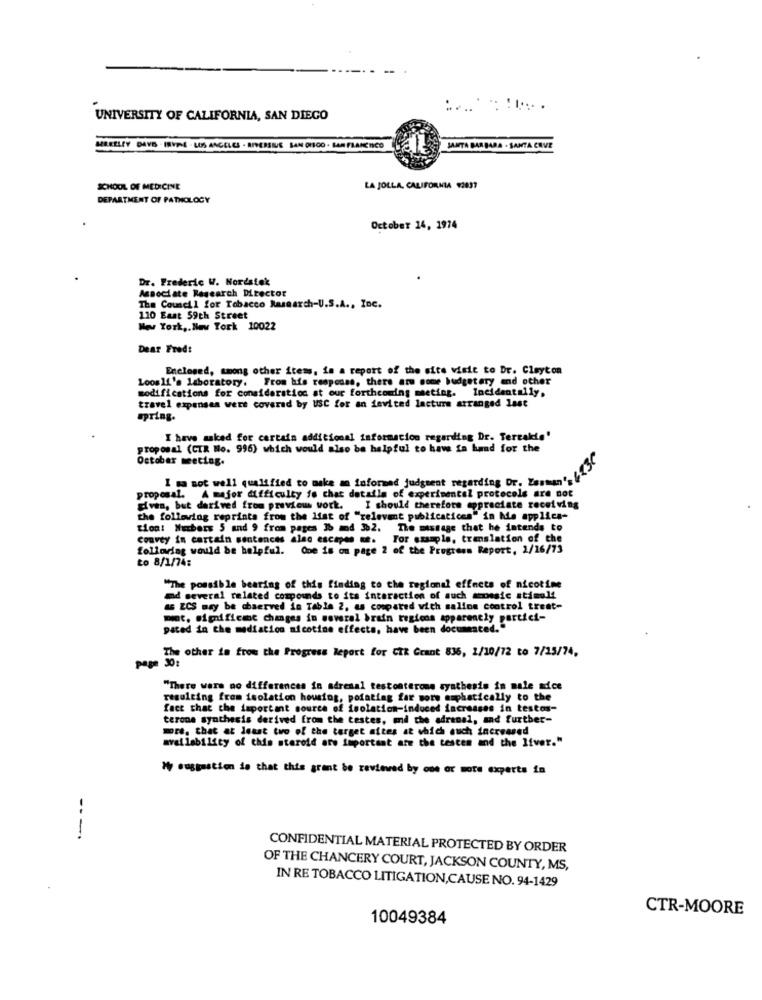
UNIVERSITY OF CALIFORNIA, SAN DIEGO
MERKELEY DAYS . INVIE - LOS ANGELES - RIVERSIDE SAN ON100 . LAA FLAMENICO
SANTA BARBARA . SANTA CAVE
SCHOOL OF MEDICINE
LA JOLLA, CALIFORNIA 92837
DEPARTMENT OF PATHOLOGY
October 14, 1974
Dr. Frederic W. Nordstek
Associate Research Director
The Council for Tobacco Research-U.S.A ., Inc.
110 East 59th Street
New York ,. New York 10022
Dear Fred:
Enclosed, among other items, in a report of the site visit to Dr. Clayton
Loosli's laboratory. From his response, there are some budgetary and other
modifications for consideration at our forthcoming meeting. Incidentally.
travel expenses wert covered by USC for an invited lecture arranged last
spring.
I have asked for certain additional information regarding Dr. Tereakcis'
proposal (CIR No. 996) which would also be helpful to have in hand for the
October meeting.
I ma sot well qualified to make an informed judgment regarding Dr. "herent. It
proposal. A major difficulty fo chat details of experimental protocols are not
divan, but derived from previous work. I should therefore appreciate receiving
the following reprints from the list of "relevant publicatices" in his applica-
tion: Numbers 5 and 9 from pages 1b md $%2. The message that he intends to
convey in certain sentences alac escapes e.
For example, translation of the
folloring would be helpful. One is on page 2 of the Progress Report, 2/16/73
to 8/1/74:
"The possible bearing of this finding to the regional effects of nicotine
md several related compounds to its interaction of such anesic stimul!
& ZCS may be chserved in Table 2, as compared with salios control treat-
mat. significant changes in several brain tegicos apparently portici-
paced in the mediation nicotine effects, have been documented."
The other in from the Progress Report for CIR Grant 836, 1/10/72 to 7/25/74.
papa 5
"There were no differences in adrenal testonterone synthesis in male adce
resulting from isolation housing, pointing far sors amphatically to the
fact that the important source of isolation-induced increases in testos-
terone synthesis derived from the testes, and the adrenal, and further-
more, that at least two of the target aites at which euch increased
availability of this steroid are important are the testen and the liver."
My suggestion is that this grant be reviewed by one or more experts in
---.
CONFIDENTIAL MATERIAL PROTECTED BY ORDER
OF THE CHANCERY COURT, JACKSON COUNTY, MS,
IN RE TOBACCO LITIGATION,CAUSE NO. 94-1429
CTR-MOORE
10049384